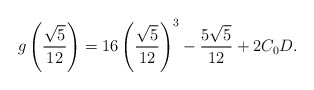
\begin{align*}g\left(\frac{\sqrt{5}}{12}\right)= 16\left(\frac{\sqrt{5}}{12}\right)^3 - \frac{5\sqrt{5}}{12} + 2C_{0}D.\end{align*}